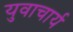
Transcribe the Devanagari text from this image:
युवाचार्य